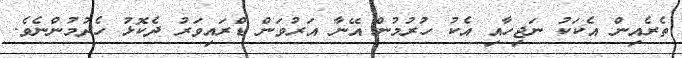
ތެރެއިން އެކަކު ނަޖިހާއި އެކު ހުރުމުން އޭނާ އަރުވަން ޑްރައިވަރު ދެކޮޅު ހެދުމުންނެވެ.